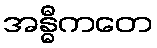
အန္ဓီကတေ